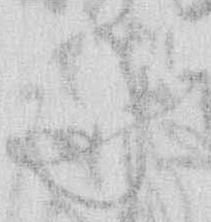
に